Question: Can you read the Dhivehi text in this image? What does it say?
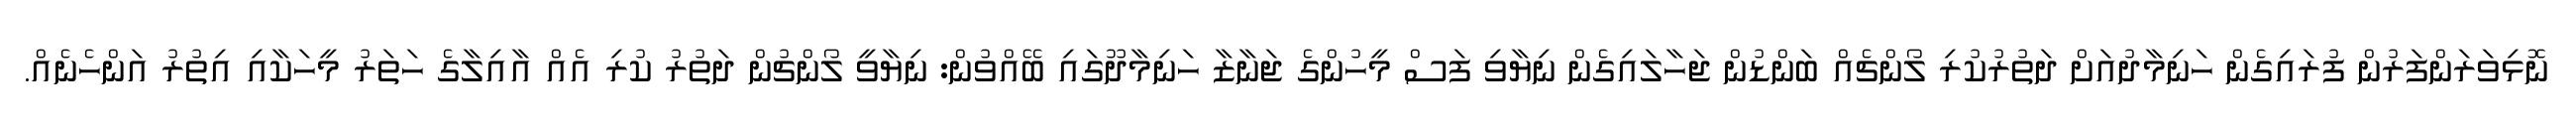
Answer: ނޮޅިވަރަންފަރުން ފުރައިގެން ހަނިމާދުއަށް ދަތުރުކުރި ލޯންޗެއް ބަންޑުން ޖަހާލައިގެން ނިޔާވި ފަސް މީހުންގެ ޖަނާޒާ ހަނިމާދޫގައި ބޭއްވުން: ނިޔާވީ ލޯންޗުން ދަތުރު ކުރި އެއް އާއިލާގެ ހަތަރު މީހަކާއި އިތުރު އަންހެނެއް.